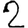
Digit: 2